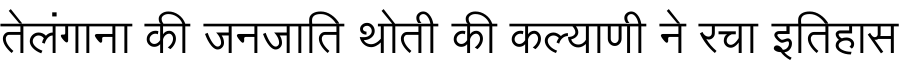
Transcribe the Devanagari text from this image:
तेलंगाना की जनजाति थोती की कल्याणी ने रचा इतिहास